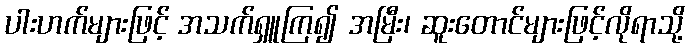
ပါးဟက်များဖြင့် အသက်ရှူကြ၍ အမြီး၊ ဆူးတောင်များဖြင့်လိုရာသို့